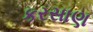
કરસાણ